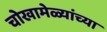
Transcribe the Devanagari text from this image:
चोखामेळ्यांच्या